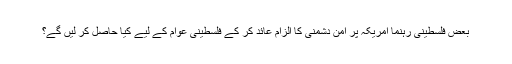
بعض فلسطینی رہنما امریکہ پر امن دشمنی کا الزام عائد کر کے فلسطینی عوام کے لیے کیا حاصل کر لیں گے؟